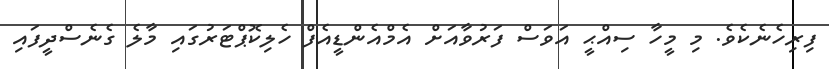
ފިރިހެނެކެވެ. މި މީހާ ސިއްޙީ އަވަސް ފަރުވާއަށް އެމްއެންޑީއެފް ހެލިކޮޕްޓަރުގައި މާލެ ގެނެސްދީފައި